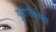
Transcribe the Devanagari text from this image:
युरोपीयंच्या